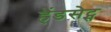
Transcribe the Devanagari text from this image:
हैंडसेट्स